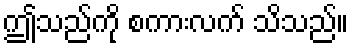
ဤသည်ကို စကားလက် သိသည်။